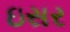
ઇસર